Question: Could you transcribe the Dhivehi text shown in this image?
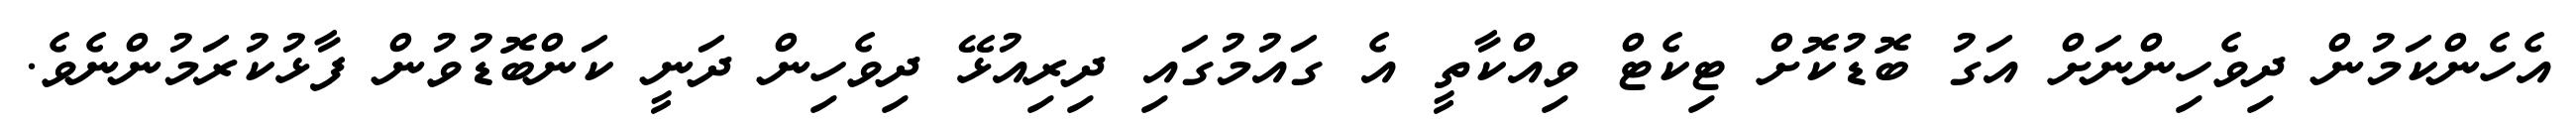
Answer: އެހެންކަމުން ދިވެހިންނަށް އަގު ބޮޑުކޮށް ޓިކެޓް ވިއްކާތީ އެ ގައުމުގައި ދިރިއުޅޭ ދިވެހިން ދަނީ ކަންބޮޑުވުން ފާޅުކުރަމުންނެވެ.